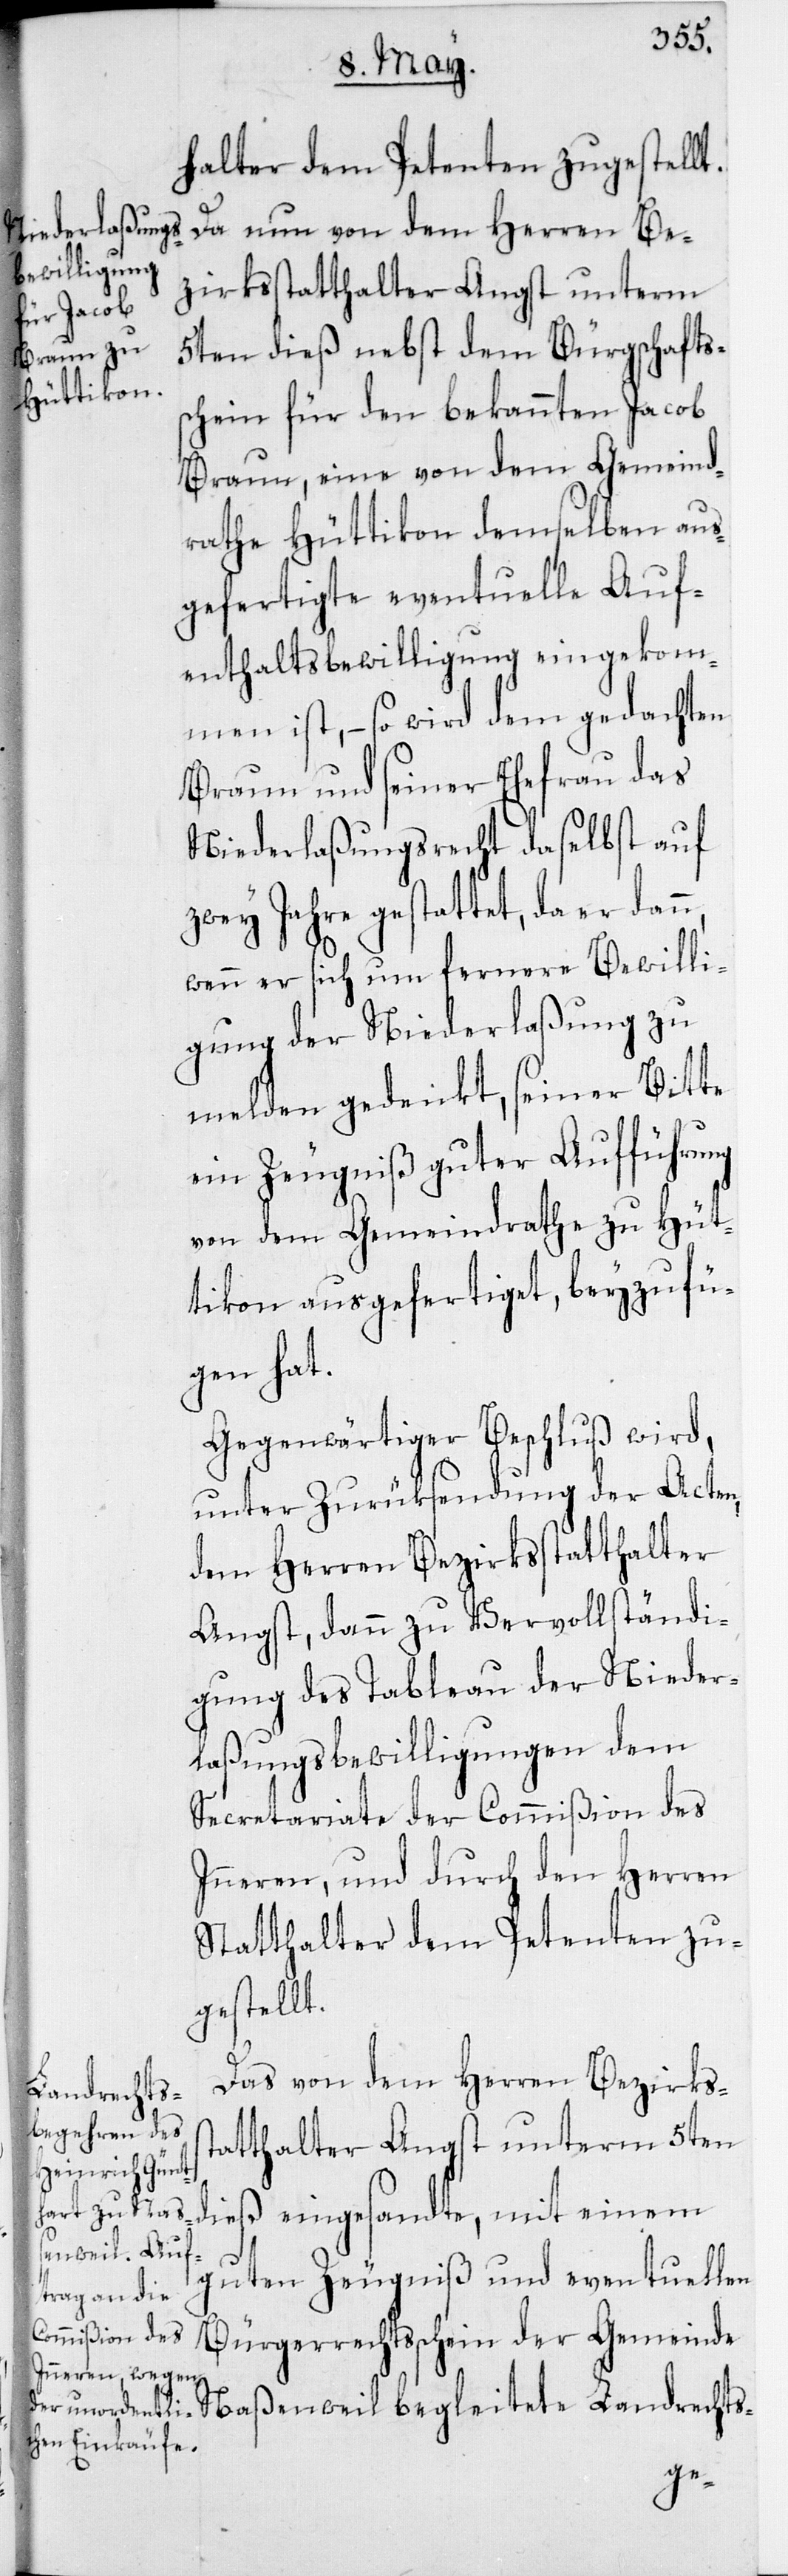
halter dem Petenten zugestellt.
Da nun von dem Herren Be¬
zirksstatthalter Angst unterm
5ten dieß nebst dem Bürgschafts¬
schein für den bekannten Jacob
Braun, eine von dem Gemeind¬
rathe Hüttikon demselben aus¬
gefertigte eventuelle Auf¬
enthaltsbewilligung eingekom¬
men ist, – so wird dem gedachten
Braun und seiner Ehefrau das
Niederlaßungsrecht daselbst auf
zwey Jahre gestattet, da er dann,
wenn er sich um fernere Bewilli¬
gung der Niederlaßung zu
melden gedenkt, seiner Bitte
ein Zeugniß guter Aufführung
von dem Gemeindrathe zu Hüt¬
tikon ausgefertiget, beyzufü¬
gen hat.
Gegenwärtiger Beschluß wird,
unter Zurüksendung der Acten,
dem Herren Bezirksstatthalter
Angst, dann zu Vervollständi¬
gung des Tableau der Nieder¬
laßungsbewilligungen dem
Sectetariate der Commißion des
Inneren, und durch den Herren
Statthalter dem Petenten zu¬
gestellt.
Das von dem Herren Bezirkss¬
tatthalter Angst unterm 5ten
guten Zeugniß und eventuellen
Bürgerrechtsschein der Gemeind¬
e Naßenweil begleitete Landrechts-